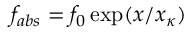
f _ { a b s } = f _ { 0 } \exp ( x / x _ { \kappa } )